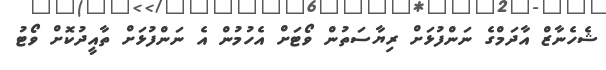
ޝެހެނާޒް އާދަމްގެ ނަންފުޅަށް ރިޔާސަތުން ވޯޓަށް އެހުމުން އެ ނަންފުޅަށް ތާއީދުކޮށް ވޯޓު